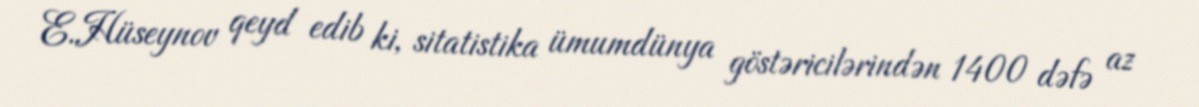
E.Hüseynov qeyd edib ki, sitatistika ümumdünya göstəricilərindən 1400 dəfə az